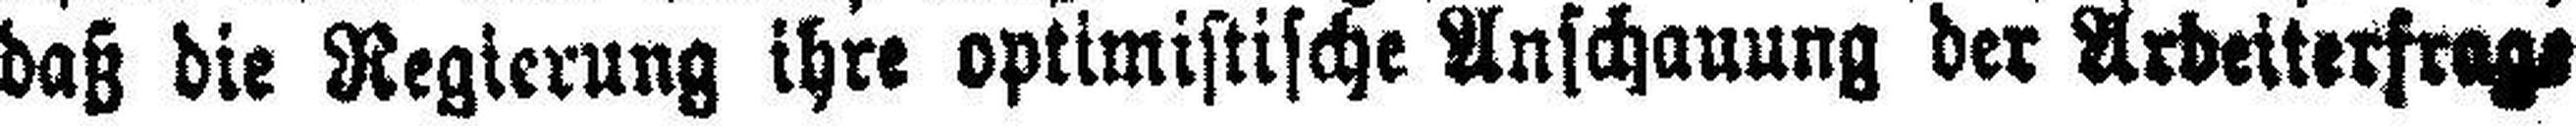
daß die Regierung ihre optimistische Anschauung der Arbeiterfrage